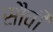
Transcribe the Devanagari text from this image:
सौवी